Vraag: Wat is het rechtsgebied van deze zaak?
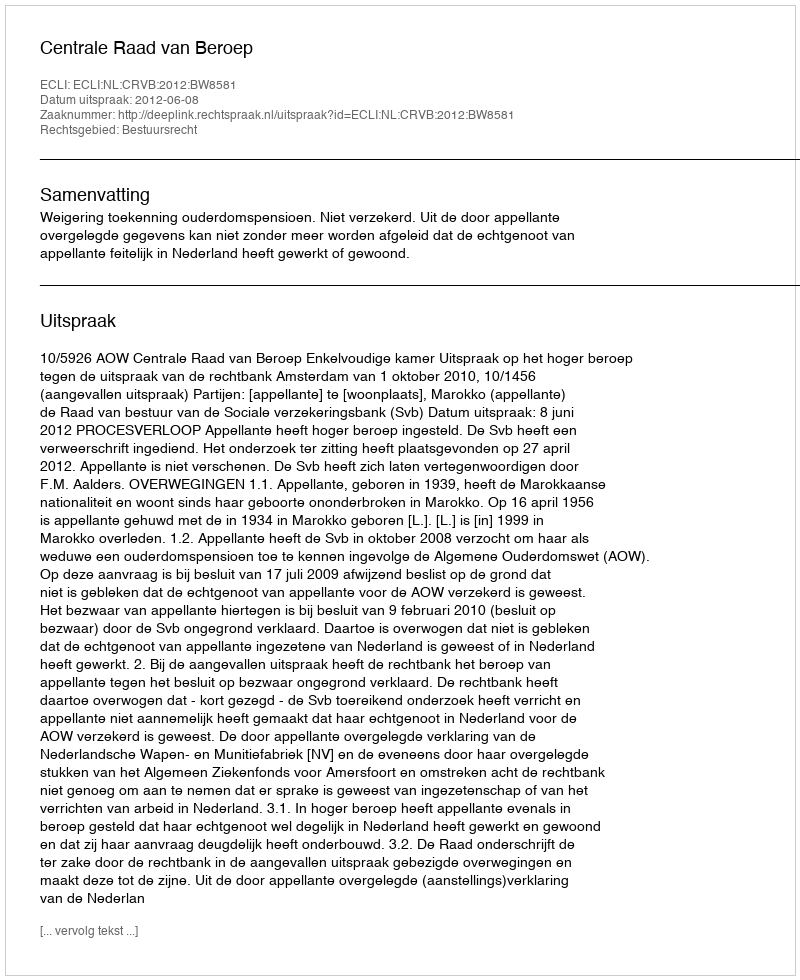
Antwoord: Bestuursrecht